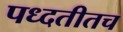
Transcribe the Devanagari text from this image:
पध्दतीतच